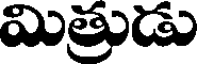
మిత్రుడు